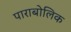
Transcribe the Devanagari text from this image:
पाराबोलिक